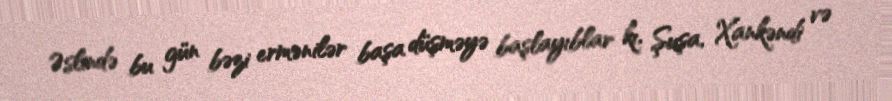
Əslində bu gün bəzi ermənilər başa düşməyə başlayıblar kı, Şuşa, Xankəndi və